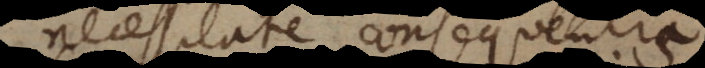
necessitate consequentis,